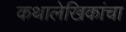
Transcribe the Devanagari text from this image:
कथालेखिकांचा